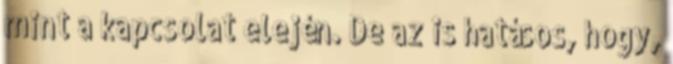
mint a kapcsolat elején. De az is hatásos, hogy,